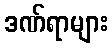
ဒဏ်ရာများ